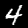
Digit: 4